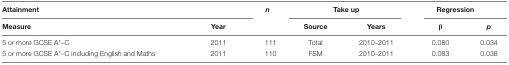
| <COLSPAN=2> Attainment | <ROWSPAN=2> n | <COLSPAN=2> Take up | <COLSPAN=2> Regression |
 | Measure | Year | Source | Years | β | p |
 | --- | --- | --- | --- | --- | --- | --- |
 | 5 or more GCSE A*–C | 2011 | 111 | Total | 2010–2011 | 0.080 | 0.034 |
 | 5 or more GCSE A*–C including English and Maths | 2011 | 110 | FSM | 2010–2011 | 0.083 | 0.038 |